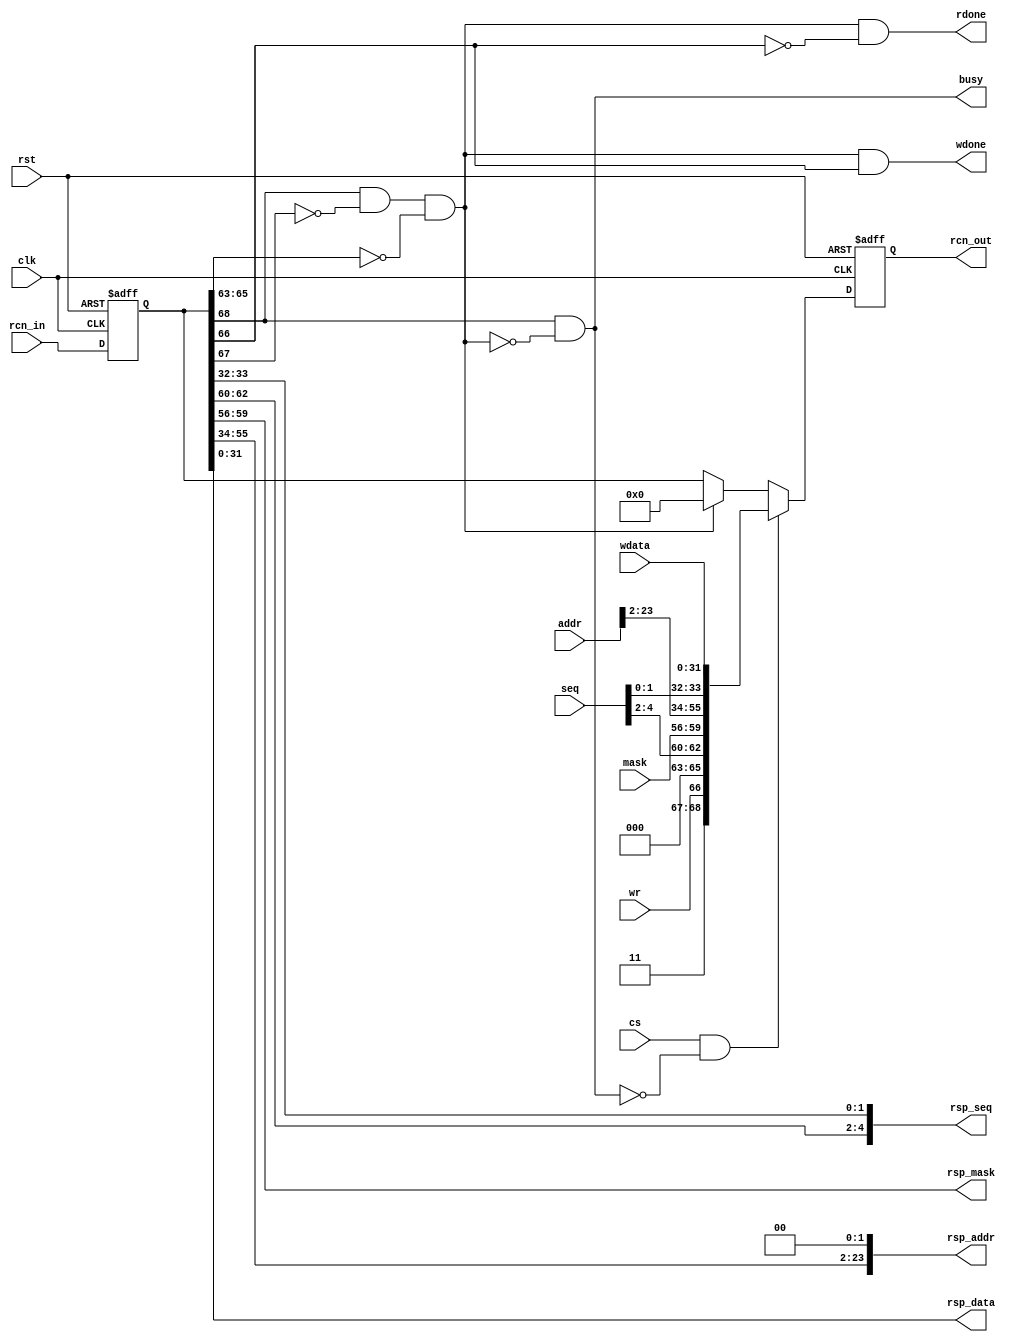
module tawas_rcn_master
(
    input rst,
    input clk,

    input [68:0] rcn_in,
    output [68:0] rcn_out,

    input cs,
    input [4:0] seq,
    output busy,
    input wr,
    input [3:0] mask,
    input [23:0] addr,
    input [31:0] wdata,

    output rdone,
    output wdone,
    output [4:0] rsp_seq,
    output [3:0] rsp_mask,
    output [23:0] rsp_addr,
    output [31:0] rsp_data
);
    parameter MASTER_GROUP_8 = 0;
    
    reg [68:0] rin;
    reg [68:0] rout;

    assign rcn_out = rout;

    wire [2:0] my_id = MASTER_GROUP_8;

    wire my_resp = rin[68] && !rin[67] && (rin[65:63] == MASTER_GROUP_8);

    wire req_valid;
    wire [68:0] req;

    always @ (posedge clk or posedge rst)
        if (rst)
        begin
            rin <= 69'd0;
            rout <= 69'd0;
        end
        else
        begin
            rin <= rcn_in;
            rout <= (req_valid) ? req : (my_resp) ? 69'd0 : rin;
        end

    assign busy = rin[68] && !my_resp;
    assign req_valid = cs && !(rin[68] && !my_resp);
    assign req = {1'b1, 1'b1, wr, my_id, seq[4:2], mask, addr[23:2], seq[1:0], wdata};

    assign rdone = my_resp && !rin[66];
    assign wdone = my_resp && rin[66];
    assign rsp_seq = {rin[62:60], rin[33:32]};
    assign rsp_mask = rin[59:56];
    assign rsp_addr = {rin[55:34], 2'd0};
    assign rsp_data = rin[31:0];

endmodule